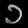
Digit: ၁